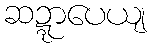
ဆဍ္ဍာပေယျ